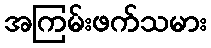
အကြမ်းဖက်သမား